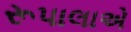
રૂપાલાએ